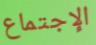
الإجتماع